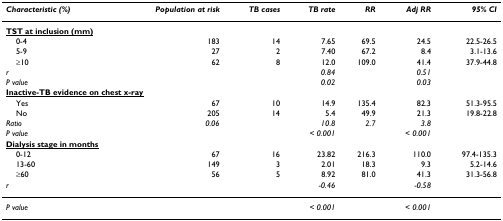
<table><thead><tr><td><b><i>Characteristic (%)</i></b></td><td><b><i>Population at risk</i></b></td><td><b><i>TB cases</i></b></td><td><b><i>TB rate</i></b></td><td><b><i>RR</i></b></td><td><b><i>Adj RR</i></b></td><td><b><i>95% CI</i></b></td></tr></thead><tbody><tr><td colspan="7"><b><underline>TST at inclusion (mm)</underline></b></td></tr><tr><td> 0-4</td><td>183</td><td>14</td><td>7.65</td><td>69.5</td><td>24.5</td><td>22.5-26.5</td></tr><tr><td> 5-9</td><td>27</td><td>2</td><td>7.40</td><td>67.2</td><td>8.4</td><td>3.1-13.6</td></tr><tr><td> ≥10</td><td>62</td><td>8</td><td>12.0</td><td>109.0</td><td>41.4</td><td>37.9-44.8</td></tr><tr><td><i>r</i></td><td></td><td></td><td><i>0.84</i></td><td></td><td><i>0.51</i></td><td></td></tr><tr><td><i>P value</i></td><td></td><td></td><td><i>0.02</i></td><td></td><td><i>0.03</i></td><td></td></tr><tr><td colspan="7"><b><underline>Inactive-TB evidence on chest x-ray</underline></b></td></tr><tr><td> Yes</td><td>67</td><td>10</td><td>14.9</td><td>135.4</td><td>82.3</td><td>51.3-95.5</td></tr><tr><td> No</td><td>205</td><td>14</td><td>5.4</td><td>49.9</td><td>21.3</td><td>19.8-22.8</td></tr><tr><td><i>Ratio</i></td><td><i>0.06</i></td><td></td><td><i>10.8</i></td><td><i>2.7</i></td><td><i>3.8</i></td><td></td></tr><tr><td><i>P value</i></td><td></td><td></td><td><i> &lt; 0.001</i></td><td></td><td><i> &lt; 0.001</i></td><td></td></tr><tr><td colspan="7"><b><underline>Dialysis stage in months</underline></b></td></tr><tr><td> 0-12</td><td>67</td><td>16</td><td>23.82</td><td>216.3</td><td>110.0</td><td>97.4-135.3</td></tr><tr><td> 13-60</td><td>149</td><td>3</td><td>2.01</td><td>18.3</td><td>9.3</td><td>5.2-14.6</td></tr><tr><td> ≥60</td><td>56</td><td>5</td><td>8.92</td><td>81.0</td><td>41.3</td><td>31.3-56.8</td></tr><tr><td><i>r</i></td><td></td><td></td><td><i>-0.46</i></td><td></td><td><i>-0.58</i></td><td></td></tr><tr><td><i>P value</i></td><td></td><td></td><td><i> &lt; 0.001</i></td><td></td><td><i> &lt; 0.001</i></td><td></td></tr></tbody></table>